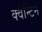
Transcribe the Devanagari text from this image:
क्वेन्टिन